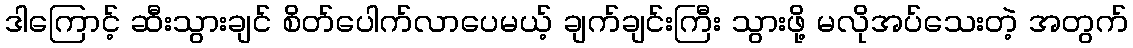
ဒါကြောင့် ဆီးသွားချင် စိတ်ပေါက်လာပေမယ့် ချက်ချင်းကြီး သွားဖို့ မလိုအပ်သေးတဲ့ အတွက်